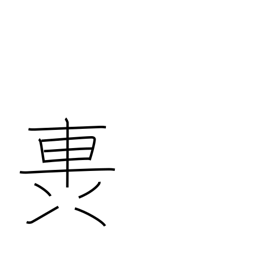
Meaning: rumble